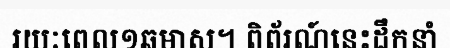
រយៈពេល១ឆមាស។ ពិព័រណ៍នេះដឹកនាំ